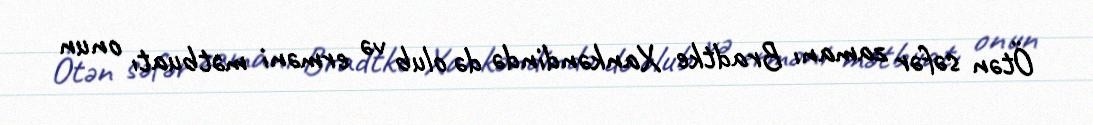
Ötən səfər zamanı Bradtke Xankəndində də olub və erməni mətbuatı onun